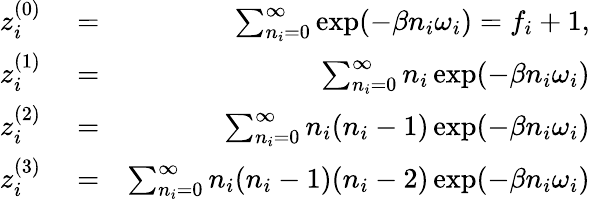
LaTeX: \begin{array}{rlr}{z_{i}^{(0)}}&{{}=}&{\sum_{n_{i}=0}^{\infty}\exp(-\beta n_{i}\omega_{i})=f_{i}+1,}\\ {z_{i}^{(1)}}&{{}=}&{\sum_{n_{i}=0}^{\infty}n_{i}\exp(-\beta n_{i}\omega_{i})}\\ {z_{i}^{(2)}}&{{}=}&{\sum_{n_{i}=0}^{\infty}n_{i}(n_{i}-1)\exp(-\beta n_{i}\omega_{i})}\\ {z_{i}^{(3)}}&{{}=}&{\sum_{n_{i}=0}^{\infty}n_{i}(n_{i}-1)(n_{i}-2)\exp(-\beta n_{i}\omega_{i})}\end{array}